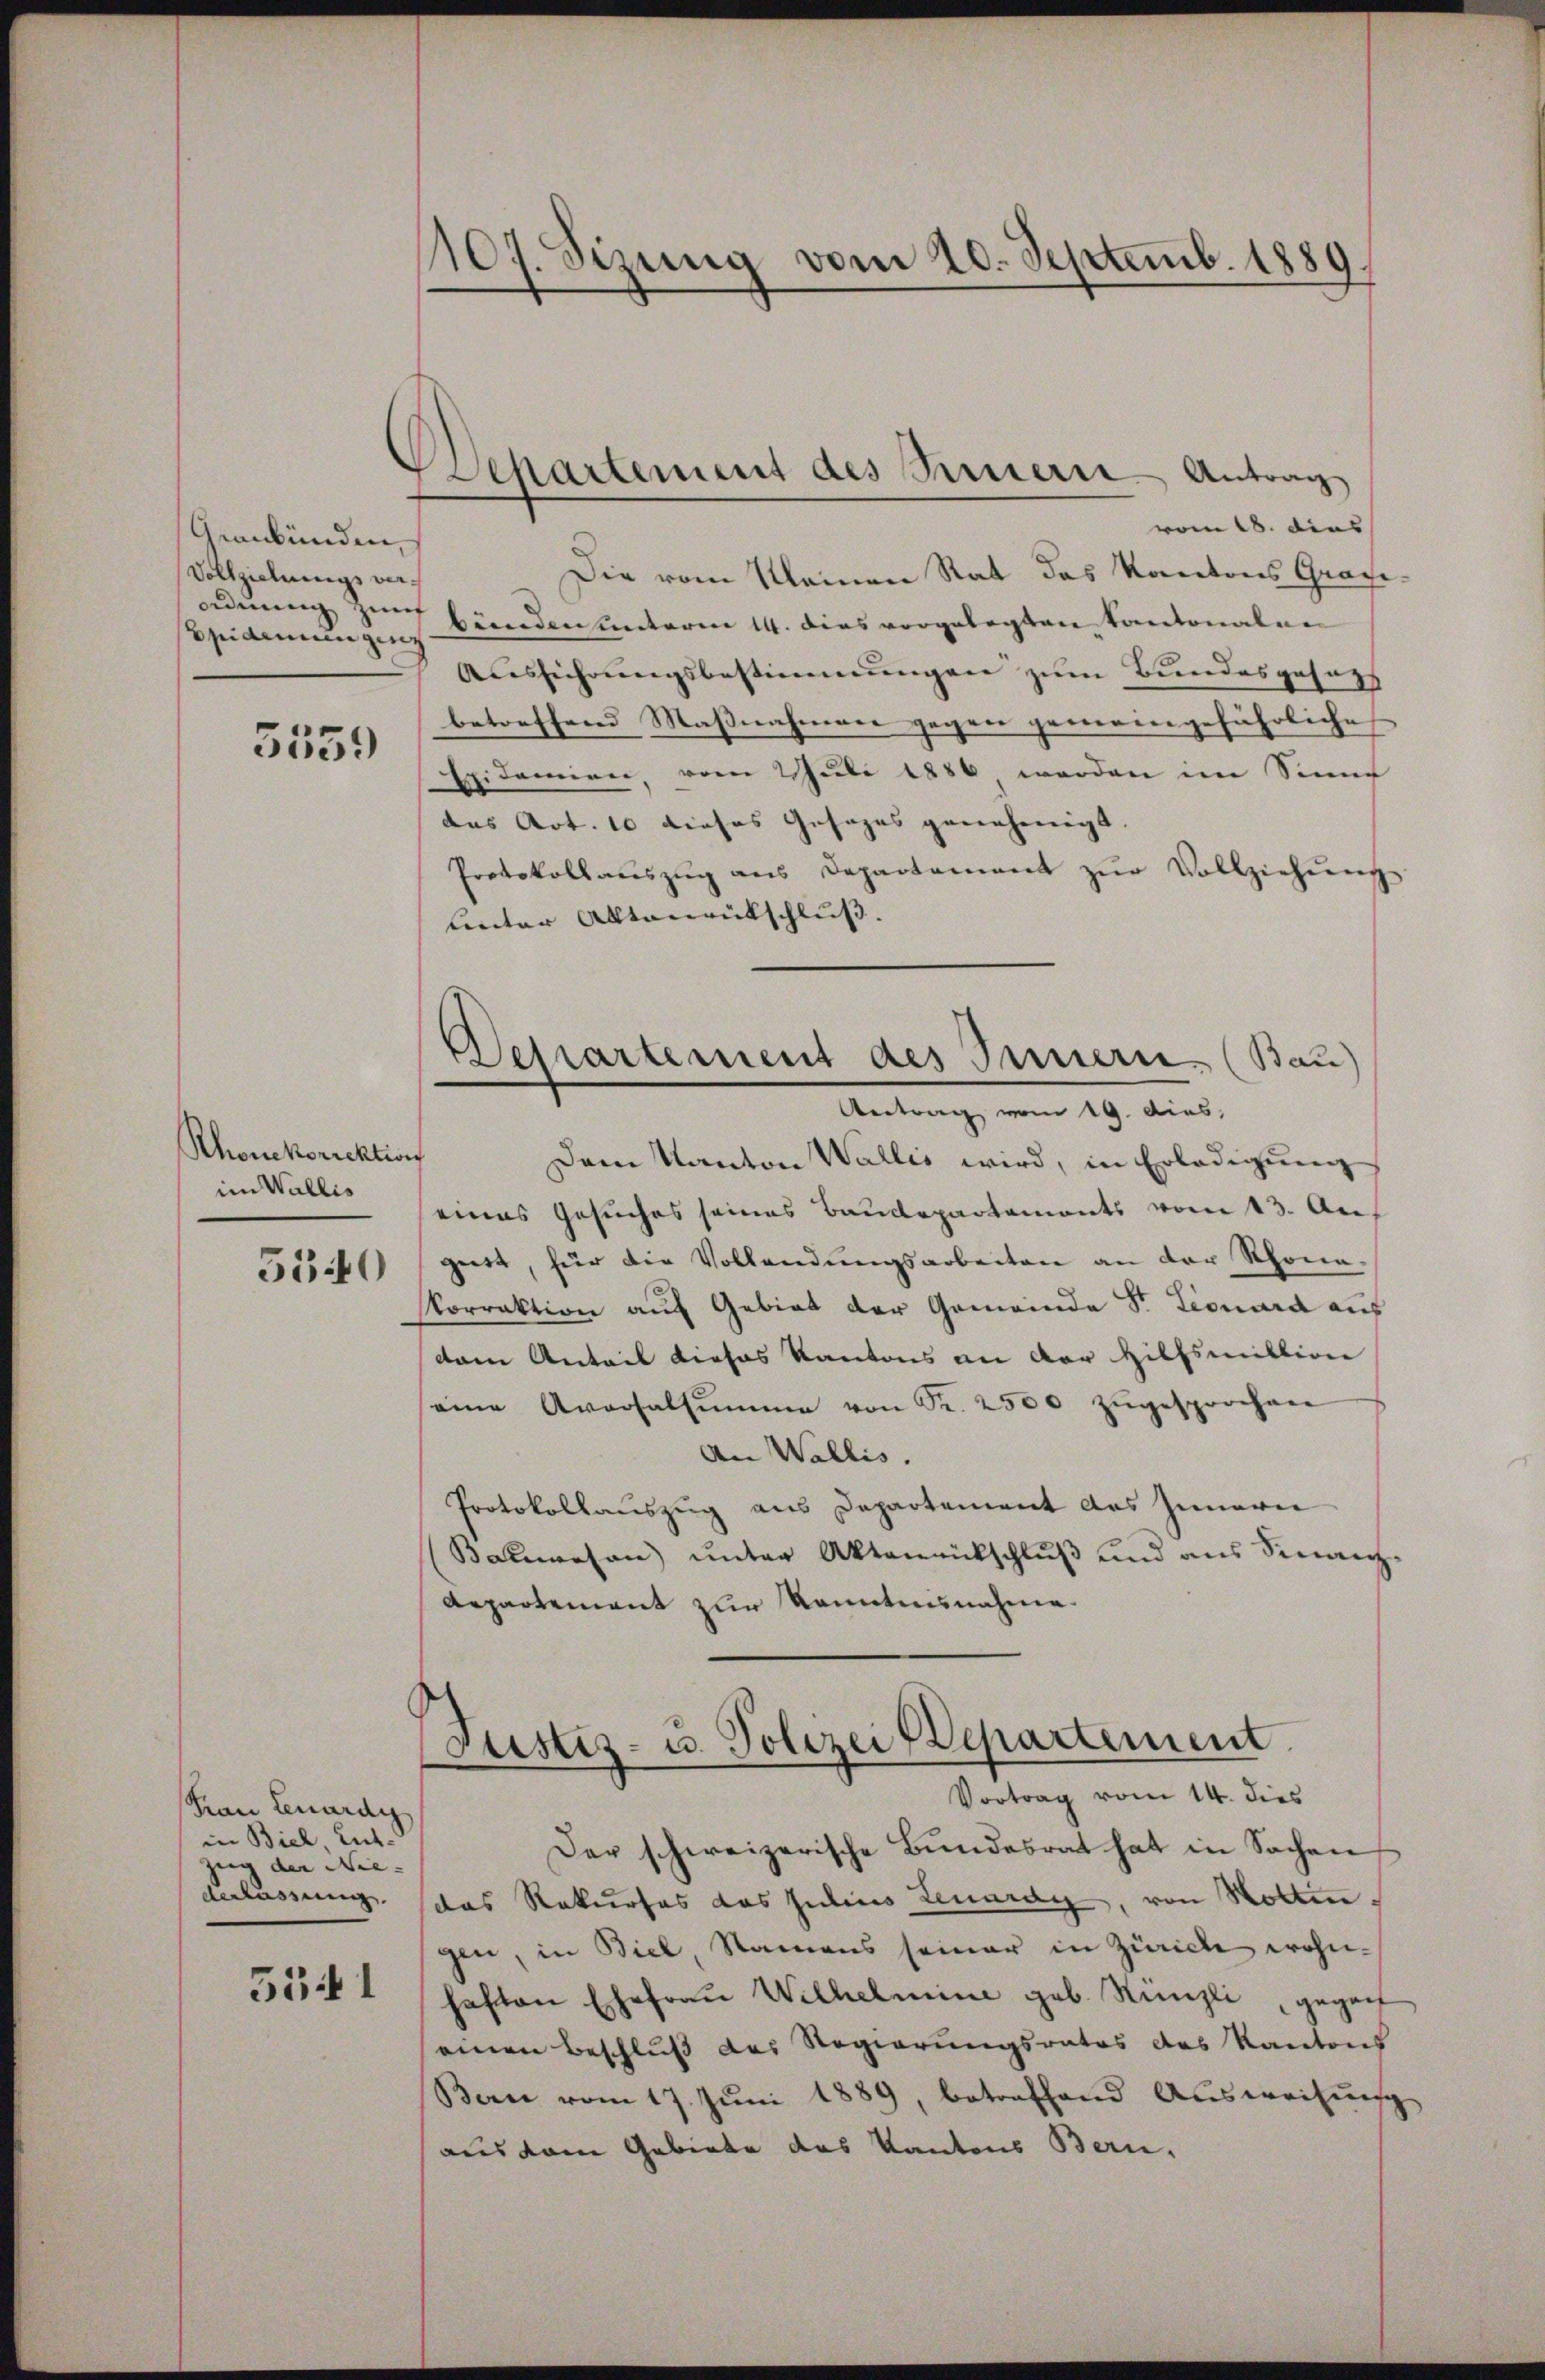
Geanbünden,
Vollziehungs ver¬
Epidemien geric

5559

Rhonkorrektion
im Wallis

5540

Frau Lenardg
in Biel, Entzug der Nie-
derlassung.

5541

107. Sizung vom 20. Septemb. 1889.

Departement des Feuern - Antrag

vom 18. dies
Die vom Meinen Rat das Kantons Graze
duung zu hörenden unterm 14. dies vorgelegten Kantonalen
Ausführungsbestimmungen zum Bundesgesetz
betreffend Maßnahmen gegen gemeingefährliche
Epidemien, vom 2 Juli 1886 werden im Sinne
das Art. 10 dieses Gesages genehmigt
Protokollaŭszŭg ans Departement zŭr Vollziehŭng
Lnter Aktenrütschluß.
Departement des Innern. (Bau
Antrag vom 19. dies,
Dem Kanton Wallis wird, in Erledigung
eines Gesuches seines Baudepartements vom 13. Auf
gust, für die Vollendungsarbeiten an der Rhone¬
Norrektion auf Gebiet der Gemeinde Sr. Leonard aus
dem Anteil dieses Kantons an der Hilfsmittion
eine Aversalsumme von Fr. 2500 zŭgesprochen
An Wallis.
Protokollauszug aus Departement des Innern
Bauwesen unter Aktenrückschluß und aus Sinanz¬
Repartement zur Kenntnisnahme.

Justiz- u. Polizei Departement.
Vortrag vom 14. dies

Der schweizerische Bŭndesrat hat in Sachen
das Rekurses das Julius Lenardy, von Rotten.
gen, in Biel Namens seiner in Zürich wohnhaften Ehefraŭ Wilhelmine geb. Künzli, gegen
einen Beschluß des Regierungsrates des Kantons
Bon vom 17. Jŭni 1889, betreffend Ausweisung
aus dem Gebiete des Kantons Bern.